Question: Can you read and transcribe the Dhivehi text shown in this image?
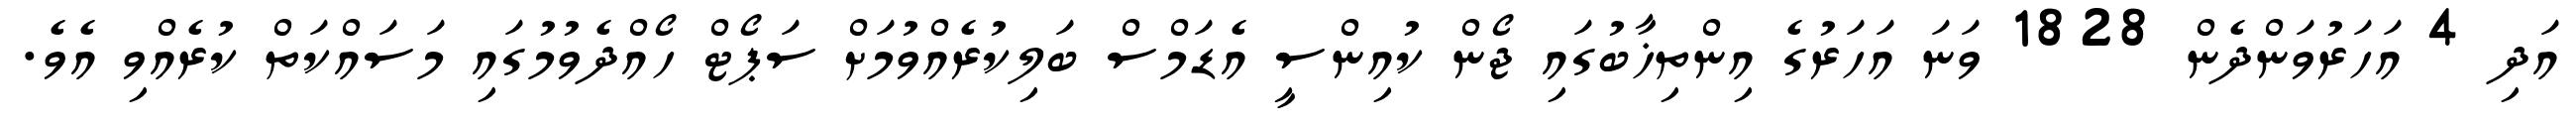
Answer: އަދި 4 އަހަރުވަންދެން 1828 ވަނަ އަހަރުގެ އިންތިޚާބުގައި ޖޯން ކުއިންސީ އެޑަމްސް ބަލިކުރެއްވުމަށް ސަޕޯޓް ހޯއްދެވުމުގައި މަސައްކަތް ކުރެއްވި އެވެ.